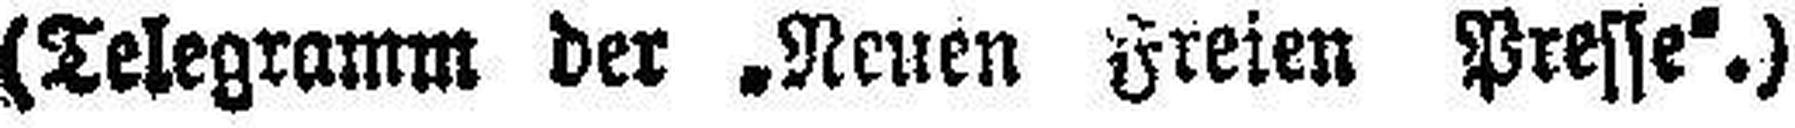
(Telegramm der „Neuen Freien Presse“.)